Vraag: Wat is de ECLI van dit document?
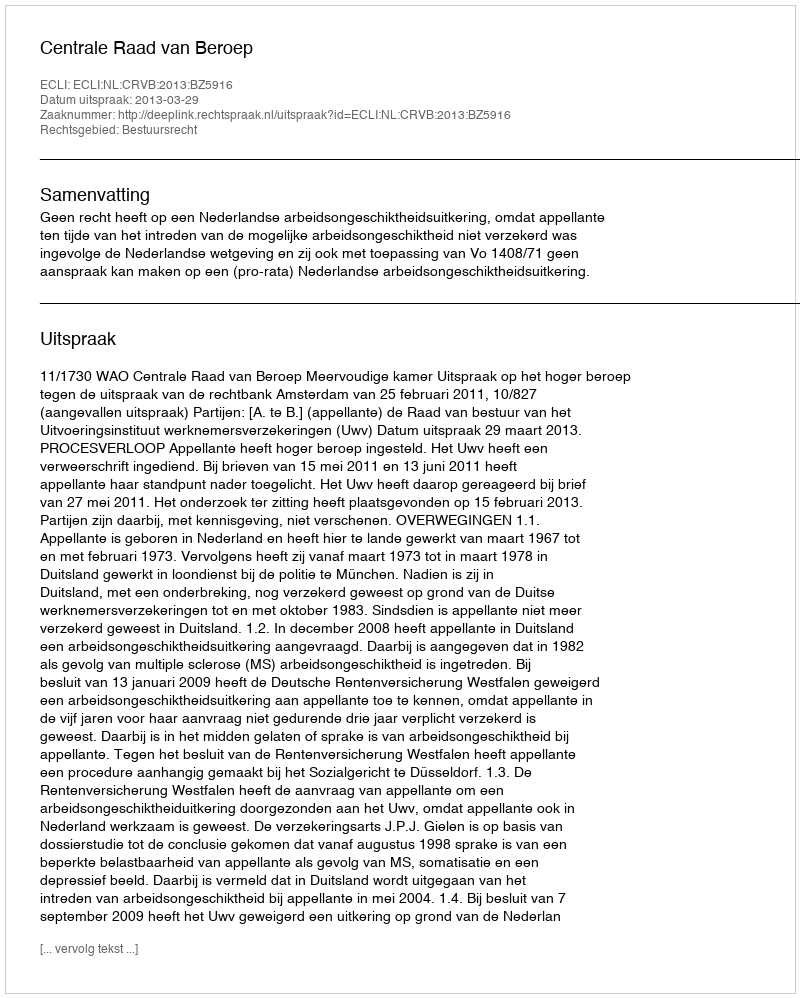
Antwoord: ECLI:NL:CRVB:2013:BZ5916